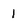
Character: 1